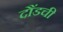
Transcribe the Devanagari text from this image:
दौंडची